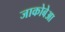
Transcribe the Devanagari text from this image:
जाकोबेआ